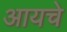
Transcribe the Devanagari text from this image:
आयचे